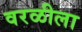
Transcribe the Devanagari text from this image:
वरळीला